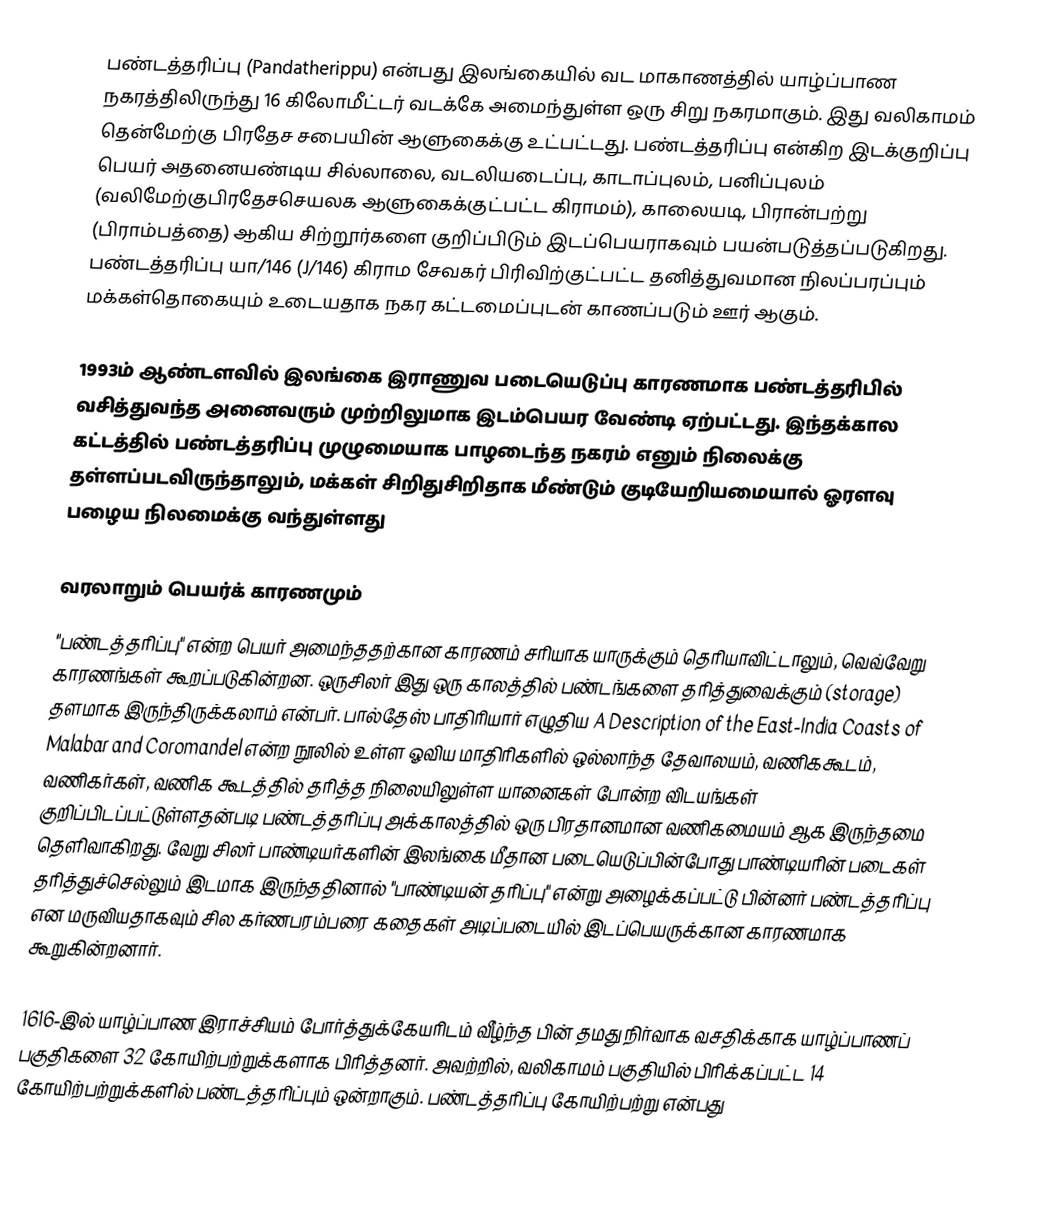
பண்டத்தரிப்பு (Pandatherippu) என்பது இலங்கையில் வட மாகாணத்தில் யாழ்ப்பாண நகரத்திலிருந்து 16 கிலோமீட்டர் வடக்கே அமைந்துள்ள ஒரு சிறு நகரமாகும். இது வலிகாமம் தென்மேற்கு பிரதேச சபையின் ஆளுகைக்கு உட்பட்டது. பண்டத்தரிப்பு என்கிற இடக்குறிப்பு பெயர் அதனையண்டிய சில்லாலை, வடலியடைப்பு, காடாப்புலம், பனிப்புலம் (வலிமேற்குபிரதேசசெயலக ஆளுகைக்குட்பட்ட கிராமம்), காலையடி, பிரான்பற்று (பிராம்பத்தை) ஆகிய சிற்றூர்களை குறிப்பிடும் இடப்பெயராகவும் பயன்படுத்தப்படுகிறது. பண்டத்தரிப்பு யா/146 (J/146) கிராம சேவகர் பிரிவிற்குட்பட்ட தனித்துவமான நிலப்பரப்பும் மக்கள்தொகையும் உடையதாக நகர கட்டமைப்புடன் காணப்படும் ஊர் ஆகும்.

1993ம் ஆண்டளவில் இலங்கை இராணுவ படையெடுப்பு காரணமாக பண்டத்தரிபில் வசித்துவந்த அனைவரும் முற்றிலுமாக இடம்பெயர வேண்டி ஏற்பட்டது. இந்தக்கால கட்டத்தில் பண்டத்தரிப்பு முழுமையாக பாழடைந்த நகரம் எனும் நிலைக்கு தள்ளப்படவிருந்தாலும், மக்கள் சிறிதுசிறிதாக மீண்டும் குடியேறியமையால் ஓரளவு பழைய நிலமைக்கு வந்துள்ளது

வரலாறும் பெயர்க் காரணமும்
"பண்டத்தரிப்பு" என்ற பெயர் அமைந்ததற்கான காரணம் சரியாக யாருக்கும் தெரியாவிட்டாலும், வெவ்வேறு காரணங்கள் கூறப்படுகின்றன. ஒருசிலர் இது ஒரு காலத்தில் பண்டங்களை தரித்துவைக்கும் (storage) தளமாக இருந்திருக்கலாம் என்பர். பால்தேஸ் பாதிரியார் எழுதிய A Description of the East-India Coasts of Malabar and Coromandel என்ற நூலில் உள்ள ஓவிய மாதிரிகளில் ஒல்லாந்த தேவாலயம், வணிககூடம், வணிகர்கள், வணிக கூடத்தில் தரித்த நிலையிலுள்ள யானைகள் போன்ற விடயங்கள் குறிப்பிடப்பட்டுள்ளதன்படி பண்டத்தரிப்பு அக்காலத்தில் ஒரு பிரதானமான வணிகமையம் ஆக இருந்தமை தெளிவாகிறது. வேறு சிலர் பாண்டியர்களின் இலங்கை மீதான  படையெடுப்பின்போது பாண்டியரின் படைகள் தரித்துச்செல்லும் இடமாக  இருந்ததினால்  "பாண்டியன் தரிப்பு" என்று அழைக்கப்பட்டு பின்னர் பண்டத்தரிப்பு என மருவியதாகவும் சில கர்ணபரம்பரை கதைகள் அடிப்படையில் இடப்பெயருக்கான காரணமாக கூறுகின்றனார்.

1616-இல் யாழ்ப்பாண இராச்சியம் போர்த்துக்கேயரிடம் வீழ்ந்த பின் தமது நிர்வாக வசதிக்காக யாழ்ப்பாணப் பகுதிகளை 32 கோயிற்பற்றுக்களாக பிரித்தனர். அவற்றில், வலிகாமம் பகுதியில் பிரிக்கப்பட்ட  14 கோயிற்பற்றுக்களில்  பண்டத்தரிப்பும் ஒன்றாகும். பண்டத்தரிப்பு கோயிற்பற்று என்பது